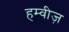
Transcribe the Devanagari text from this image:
हम्वीज़